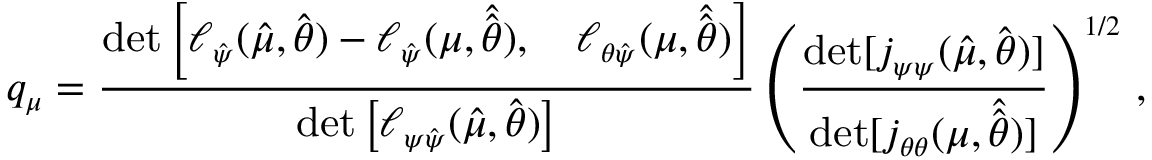
\small q _ { \mu } = \frac { \mathrm { d e t } \left[ \ell _ { \hat { \boldsymbol { \psi } } } ( \hat { \mu } , \hat { \boldsymbol { \theta } } ) - \ell _ { \hat { \boldsymbol { \psi } } } ( \mu , \hat { \hat { \boldsymbol { \theta } } } ) , \quad \ell _ { \boldsymbol { \theta } \hat { \boldsymbol { \psi } } } ( \mu , \hat { \hat { \boldsymbol { \theta } } } ) \right] } { \mathrm { d e t } \left[ \ell _ { \boldsymbol { \psi } \hat { \boldsymbol { \psi } } } ( \hat { \mu } , \hat { \boldsymbol { \theta } } ) \right] } \left( \frac { \mathrm { d e t } [ j _ { \boldsymbol { \psi } \boldsymbol { \psi } } ( \hat { \mu } , \hat { \boldsymbol { \theta } } ) ] } { \mathrm { d e t } [ j _ { \boldsymbol { \theta } \boldsymbol { \theta } } ( \mu , \hat { \hat { \boldsymbol { \theta } } } ) ] } \right) ^ { 1 / 2 } \, ,